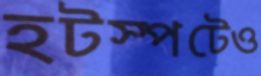
হটস্পটেও